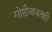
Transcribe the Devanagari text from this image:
गोष्टीबाबतही